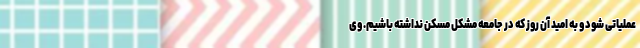
عملیاتی شود و به امید آن روز که در جامعه مشکل مسکن نداشته باشیم. وی